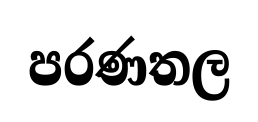
පරණතල